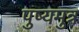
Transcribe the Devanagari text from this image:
पुष्यमुत्र